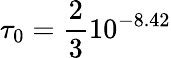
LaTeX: \tau_{0}=\frac{2}{3}10^{-8.42}